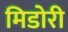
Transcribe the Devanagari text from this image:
मिडोरी